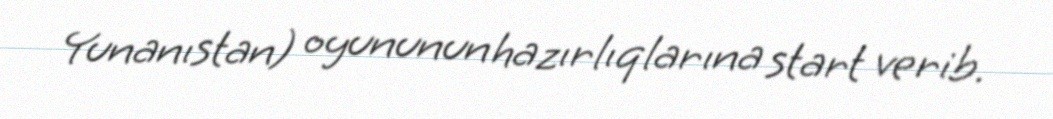
Yunanıstan) oyununun hazırlıqlarına start verib.